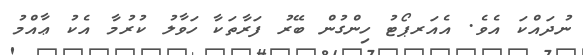
ނުދައްކަ އެވެ. އެއަރޕޯޓު ހިންގުން ބޭރު ފަރާތަކާ ހަވާލު ކުރުމާ އެކު ޢާއްމު